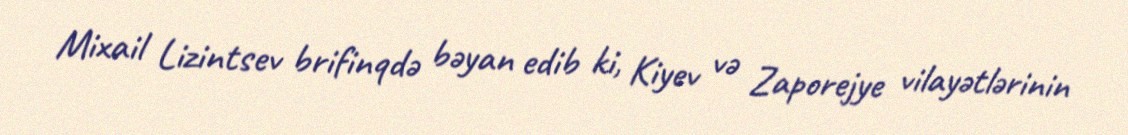
Mixail Lizintsev brifinqdə bəyan edib ki, Kiyev və Zaporejye vilayətlərinin